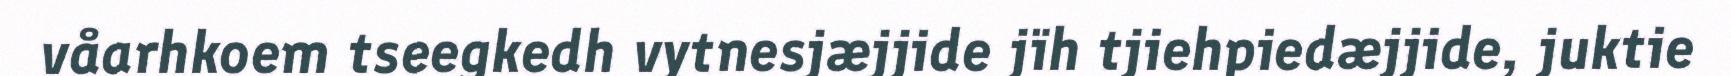
våarhkoem tseegkedh vytnesjæjjide jïh tjiehpiedæjjide, juktie